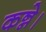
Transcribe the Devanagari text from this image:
कन्ने।